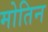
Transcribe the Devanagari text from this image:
मोतिन